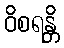
ဝိစရန္တိ